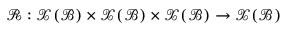
\boldsymbol { \mathcal { R } } : \mathcal { X } ( \mathcal { B } ) \times \mathcal { X } ( \mathcal { B } ) \times \mathcal { X } ( \mathcal { B } ) \rightarrow \mathcal { X } ( \mathcal { B } )